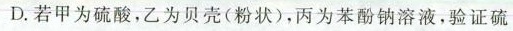
D.若甲为硫酸，乙为贝壳(粉状)，丙为苯酚钠溶液，验证硫